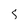
Character: s